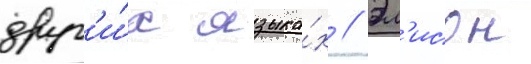
друг'и́х языка́х // Эл'исон